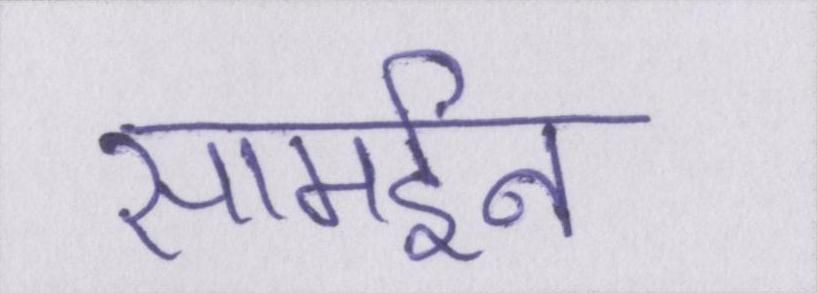
सामईन